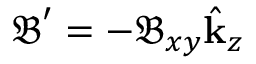
\boldsymbol { \mathfrak { B } } ^ { \prime } = - \mathfrak { B } _ { x y } \hat { \mathbf { k } } _ { z }